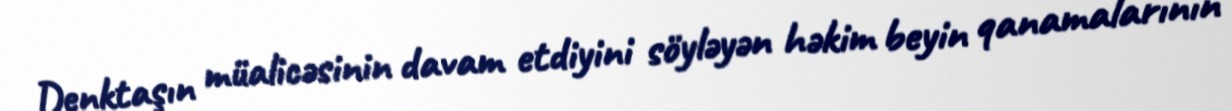
Denktaşın müalicəsinin davam etdiyini söyləyən həkim beyin qanamalarının